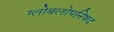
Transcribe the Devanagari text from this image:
ग्लोबलोपनिषद